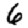
Digit: 6